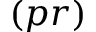
( p r )